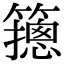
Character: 䉥